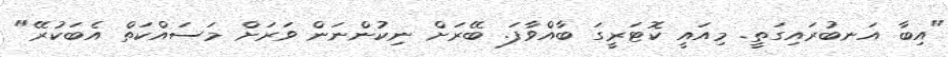
"އިބާ އަނބުރައިގަތީ. މިއައީ ކޮޓަރީގަ ބާއްވާފަ. ބޭރަށް ނިކުންނަން ވަރަށް މަސައްކަތް އެބަކުރޭ"